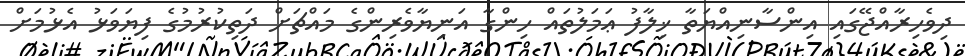
ދިވެހިރާއްޖޭގައި އިންސާނިއްޔަތާ ޚިލާފު ޢަމަލުތައް ހިންގާ އަނިޔާވެރިންގެ މައްޗަށް ދަތިކުރުމުގެ ފިޔަވަޅު އެޅުމަށް